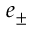
e _ { \pm }